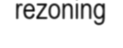
rezoning